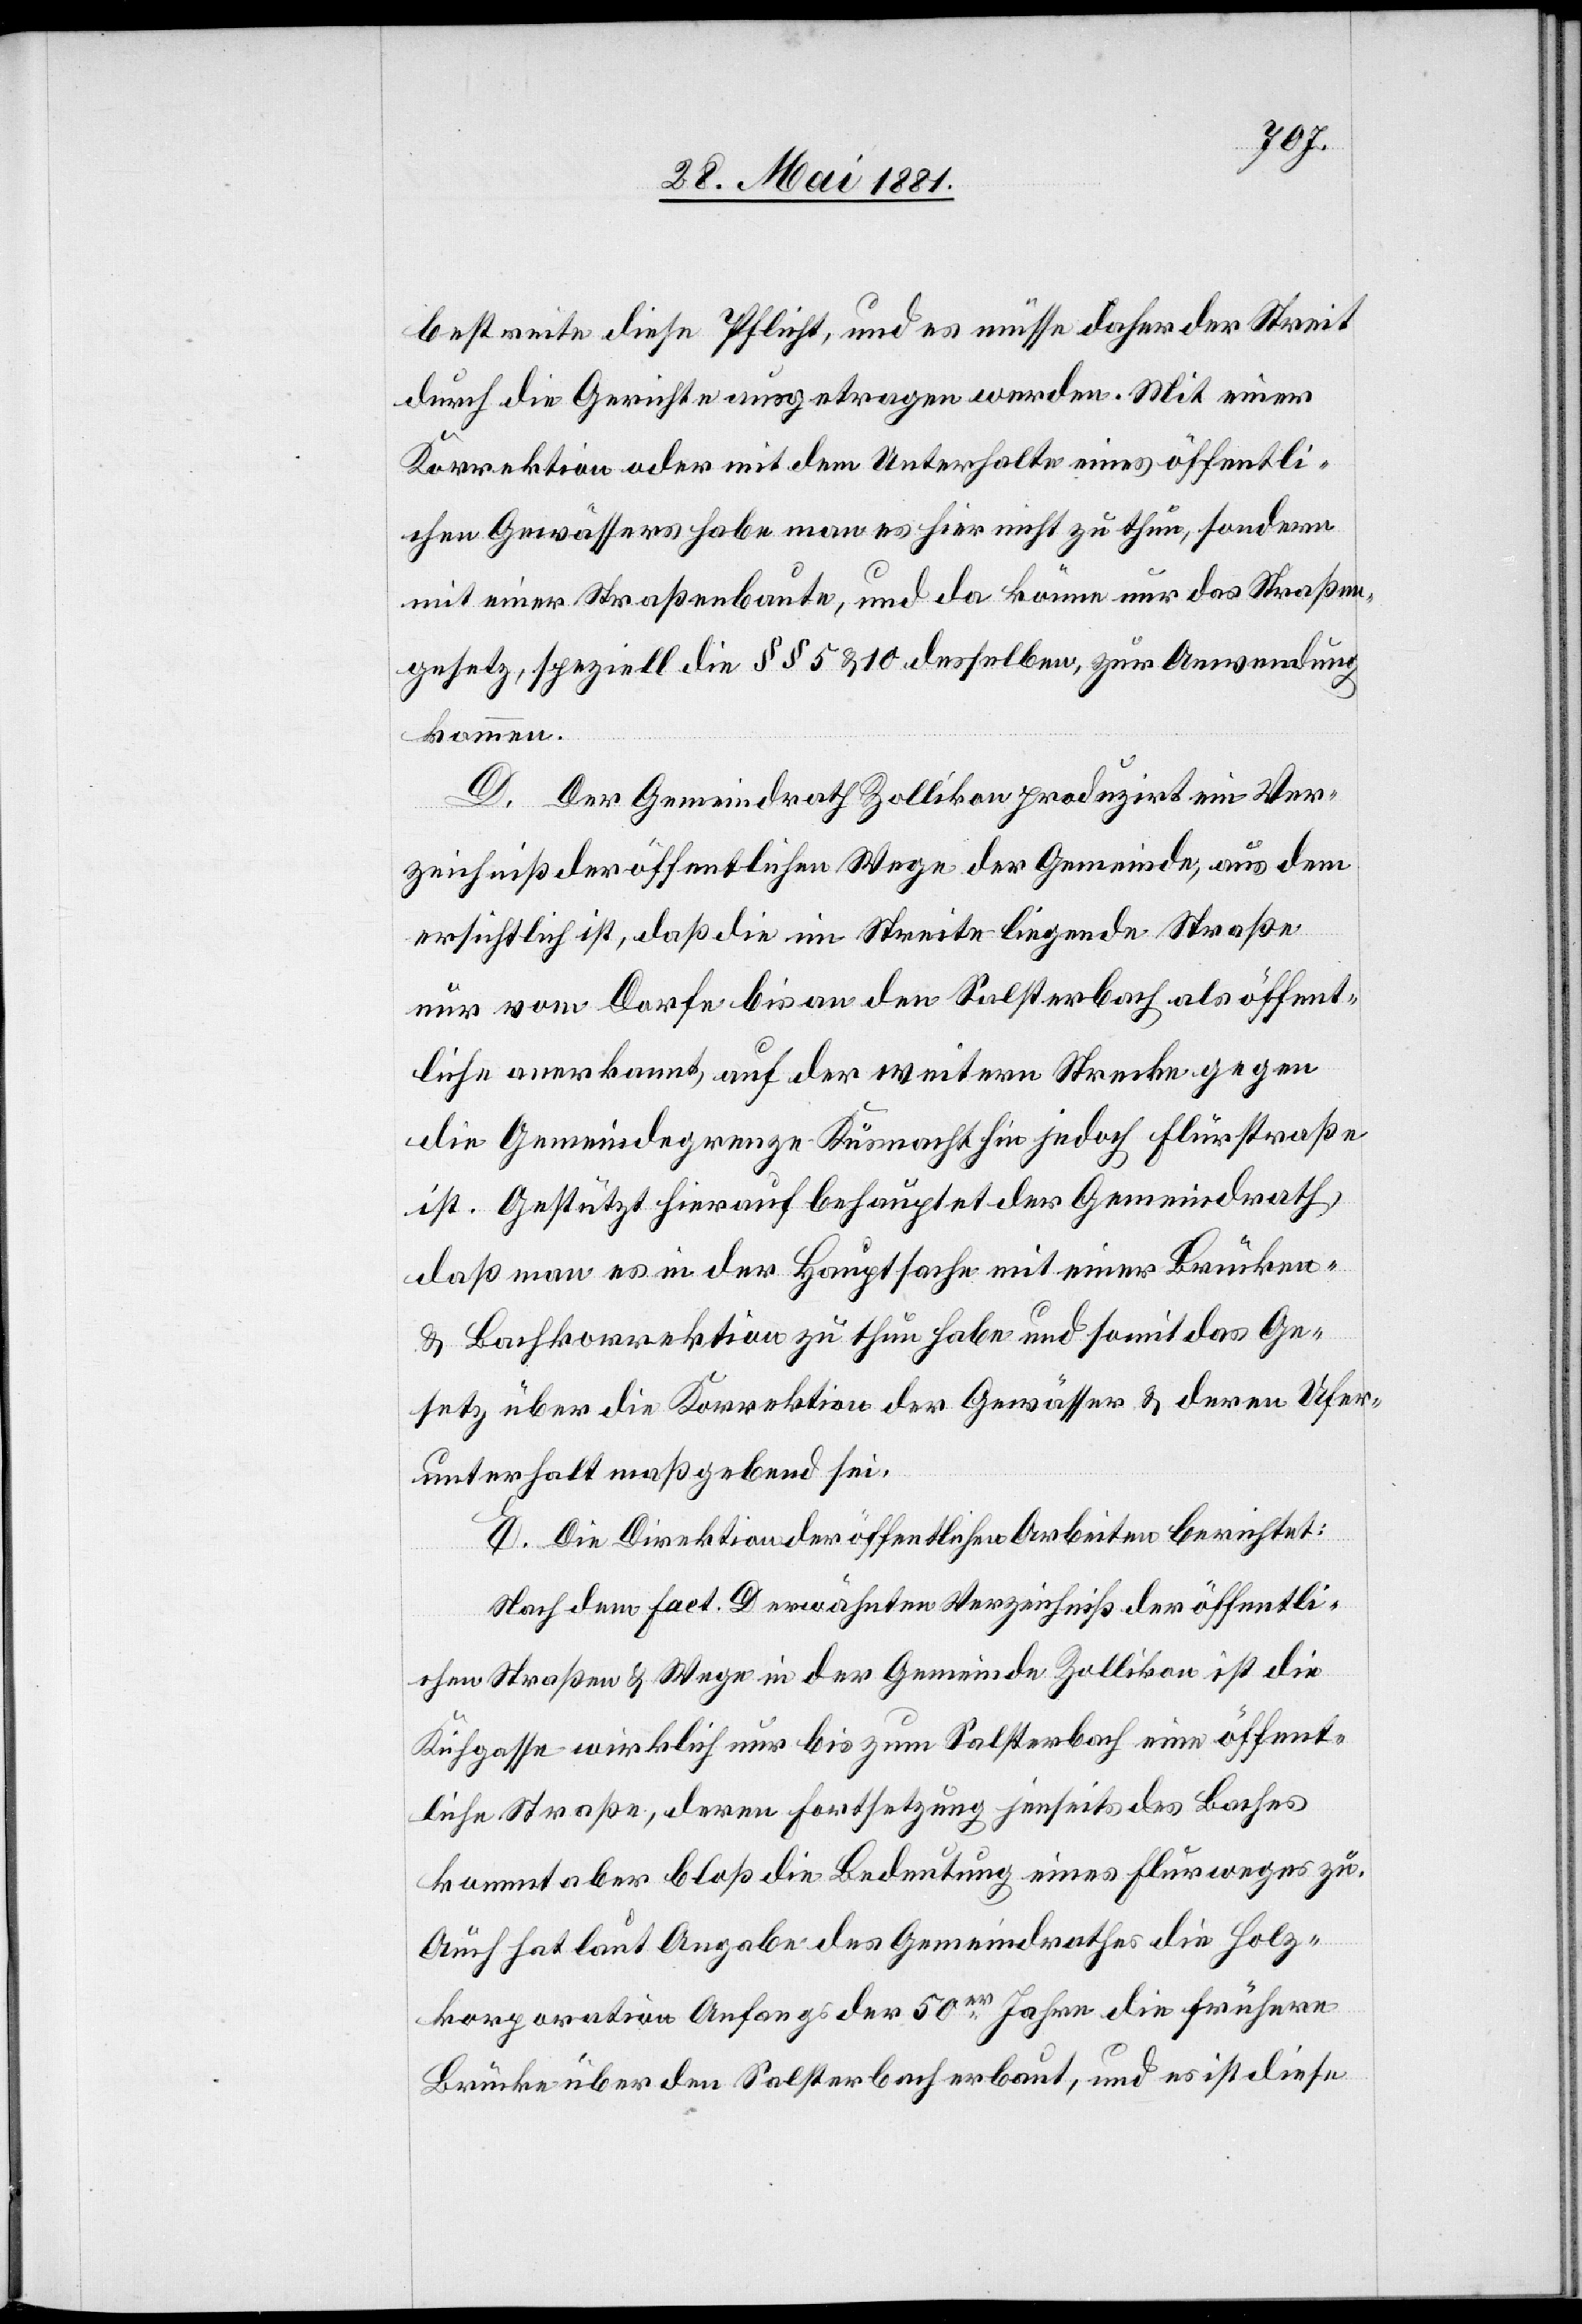
bestreite diese Pflicht, und es müsse daher der Streit
durch die Gerichte ausgetragen werden. Mit einer
Korrektion oder mit dem Unterhalte eines öffentli¬
chen Gewässers habe man es hier nicht zu thun, sondern
mit einer Straßenbaute, und da könne nur das Straßen¬
gesetz, spezielle die §§ 5 & 10 desselben, zur Anwendung
kommen.
D. Der Gemeindrath Zollikon produzirt ein Ver¬
zeichniß der öffentlichen Wege der Gemeinde, aus dem
ersichtlich ist, daß die im Streite liegende Straße
nur vom Dorfe bis an den Salsterbach als öffent¬
liche anerkannt, auf der weitern Strecke gegen
die Gemeindegrenze Küsnacht hin jedoch Flurstraße
ist. Gestützt hierauf behauptet der Gemeindrath,
daß man es in der Hauptsache mit einer Brücken-
& Bachkorrektion zu thun habe und somit das Ge¬
setzt über die Korrektion der Gewässer & deren Ufer¬
unterhalt maßgebend sei.
E. Die Direktion der öffentlichen Arbeiten berichtet:
Nach dem Fact. D erwähnten Verzeichniß der öffentli¬
chen Straßen & Wege in der Gemeinde Zollikon ist die
Kühgasse wirklich nur bis zum Salsterbach eine öffent¬
liche Straße, deren Fortsetzung jenseits des Baches
kommt aber bloß die Bedeutung eines Flurweges zu.
Auch hat laut Angabe des Gemeindrathes die Holz¬
korporation Anfangs der 50er Jahre die frühere
Brücke über den Salsterbach erbaut, und es ist diese